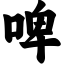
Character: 啤